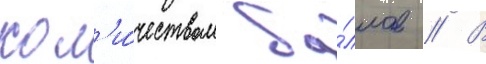
кол'и́чеством ба́ллов // В